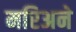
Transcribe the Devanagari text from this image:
मरिअने